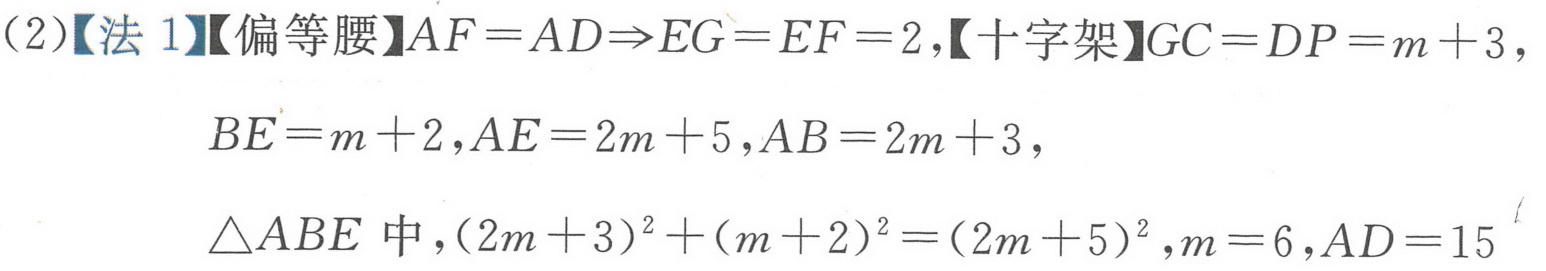
(2)【法1】【偏等腰】\(AF = AD\Rightarrow EG = EF = 2\),【十字架】\(GC = DP = m + 3\),
\(BE=m + 2,AE=2m + 5,AB=2m + 3\),
\(\triangle ABE\)中，\((2m + 3)^{2}+(m + 2)^{2}=(2m + 5)^{2},m = 6,AD = 15\)